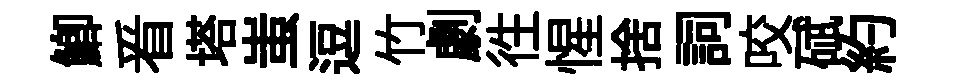
鯽㸔塔蚩逗竹劇徃惺捨詞咬碔約